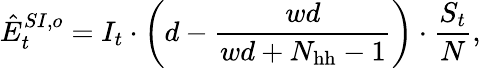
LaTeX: \hat{E}_{t}^{SI,o}=I_{t}\cdot\bigg(d-\frac{wd}{wd+N_{\mathrm{hh}}-1}\bigg)\cdot\frac{S_{t}}{N},